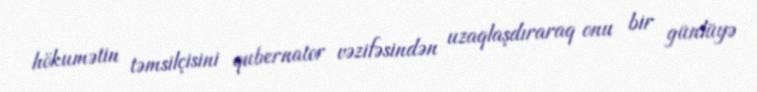
hökumətin təmsilçisini qubernator vəzifəsindən uzaqlaşdıraraq onu bir günlüyə